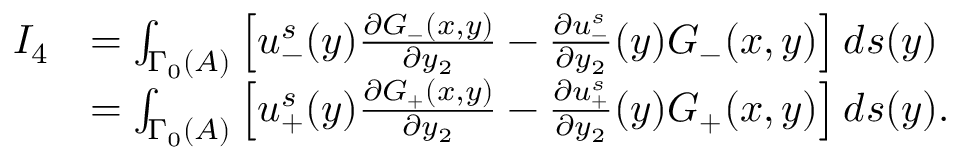
\begin{array} { r l } { I _ { 4 } } & { = \int _ { \Gamma _ { 0 } ( A ) } \left[ u _ { - } ^ { s } ( y ) \frac { \partial G _ { - } ( x , y ) } { \partial y _ { 2 } } - \frac { \partial u _ { - } ^ { s } } { \partial y _ { 2 } } ( y ) G _ { - } ( x , y ) \right] d s ( y ) } \\ & { = \int _ { \Gamma _ { 0 } ( A ) } \left[ u _ { + } ^ { s } ( y ) \frac { \partial G _ { + } ( x , y ) } { \partial y _ { 2 } } - \frac { \partial u _ { + } ^ { s } } { \partial y _ { 2 } } ( y ) G _ { + } ( x , y ) \right] d s ( y ) . } \end{array}